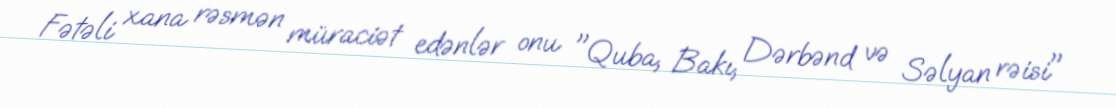
Fətəli xana rəsmən müraciət edənlər onu "Quba, Bakı, Dərbənd və Səlyan rəisi"